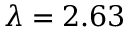
\lambda = 2 . 6 3